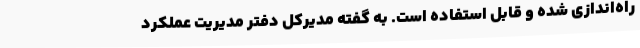
راه‌اندازی شده و قابل استفاده است. به گفته مدیرکل دفتر مدیریت عملکرد